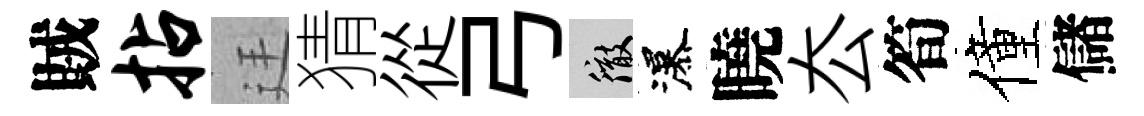
賊拈廷猜從弓徹瀑曉厺筍僮儲